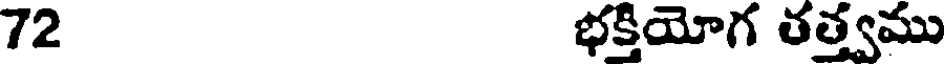
72 భక్తియోగ తత్త్వము